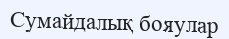
Сумайдалық бояулар